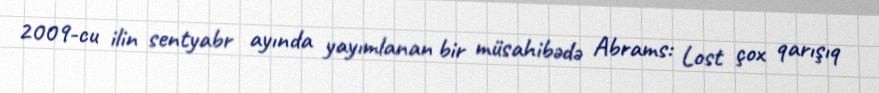
2009-cu ilin sentyabr ayında yayımlanan bir müsahibədə Abrams: Lost çox qarışıq